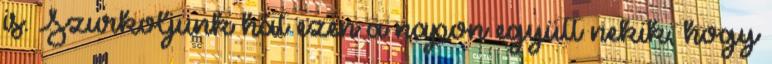
is. Szurkoljunk hát ezen a napon együtt nekik, hogy